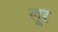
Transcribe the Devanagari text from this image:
लूर